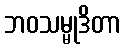
ဘဝသမ္မုဒိတာ